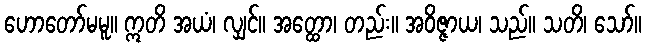
ဟောတော်မမူ။ ဣတိ အယံ၊ လျှင်။ အတ္ထော၊ တည်း။ အဝိဇ္ဇာယ၊ သည်။ သတိ၊ သော်။